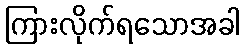
ကြားလိုက်ရသောအခါ